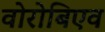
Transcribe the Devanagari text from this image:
वोरोबिएव